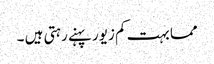
مما بہت کم زیور پہنے رہتی ہیں ۔